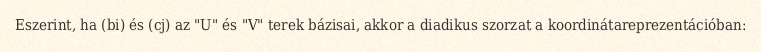
Eszerint, ha (bi) és (cj) az "U" és "V" terek bázisai, akkor a diadikus szorzat a koordinátareprezentációban: